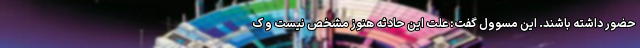
حضور داشته باشند. این مسوول گفت: علت این حادثه هنوز مشخص نیست و ک